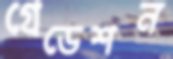
গ্রেডেশন